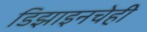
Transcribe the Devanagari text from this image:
डिझाइनचेही